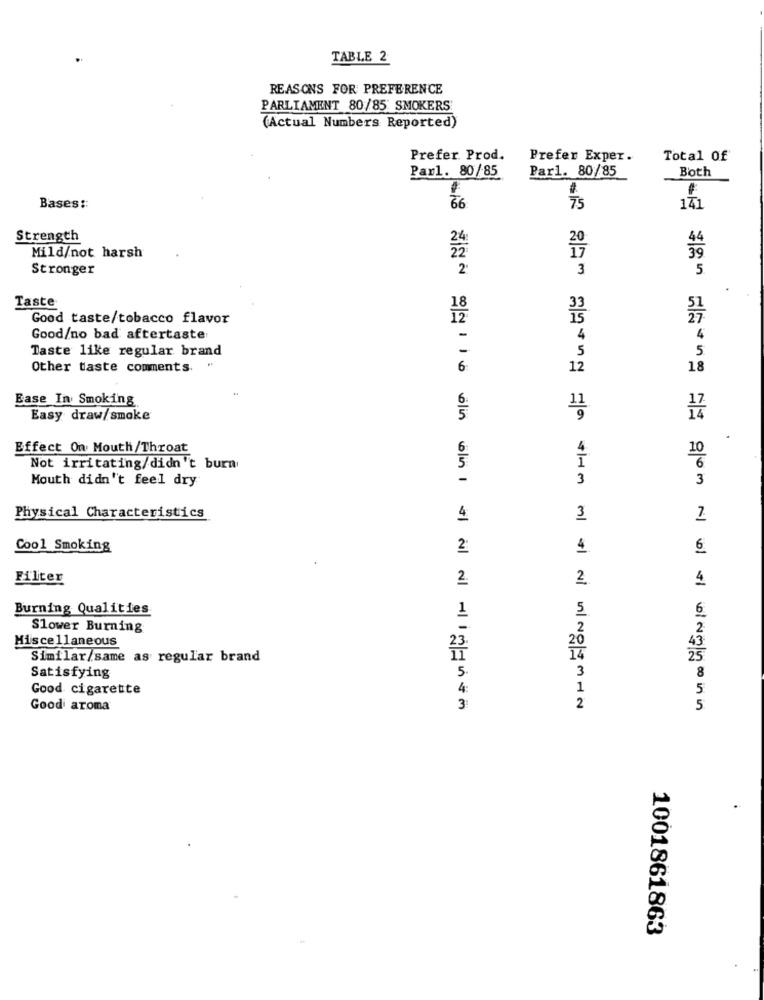
TABLE 2
REASONS FOR PREFERENCE
PARLIAMENT 80/85 SMOKERS
(Actual Numbers Reported)
Prefer. Prod.
Prefer Exper.
Total Of
Parl. 80/85
Par1. 80/85
Both
Bases ::
56
75
141
Strength
Mild/not harsh
Stronger
2.
3
5
Taste
18
Good taste/tobacco flavor
Good/no bad aftertaste
4
4
Taste like regular brand
5
5
Other taste comments. "
12
18
Ease In Smoking
11
Easy draw/smoke
Effect On Mouth/Throat
10
Not irritating/didn't burn
6
Mouth didn't feel dry
3
3
Physical Characteristics
4
3
Cool Smoking
2:
4
6
Filter
2.
2.
4
Burning Qualities
1
5
6
Slower Burning
2
2
20
43
Miscellaneous
Similar/same as regular brand
25
5.
Satisfying
3
8
Good cigarette
4
1
5
Good aroma
3
2
5
1001861863